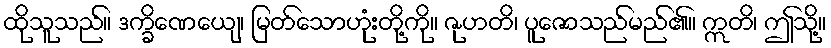
ထိုသူသည်။ ဒက္ခိဏေယျေ၊ မြတ်သောဟုံးတို့ကို။ ဇုဟတိ၊ ပူဇောသည်မည်၏။ ဣတိ၊ ဤသို့။